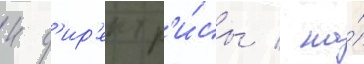
4 д'ир'ектр'и́сы / на́